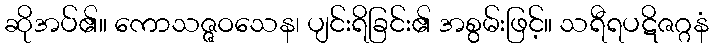
ဆိုအပ်၏။ ကောသဇ္ဇဝသေန၊ ပျင်းရိခြင်း၏ အစွမ်းဖြင့်။ သရီရပဋိဇဂ္ဂနံ